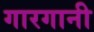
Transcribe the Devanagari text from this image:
गारगानी